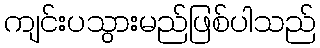
ကျင်းပသွားမည်ဖြစ်ပါသည်